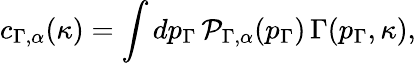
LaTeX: c_{\Gamma,\alpha}(\kappa)=\int dp_{\Gamma}\, {\cal P}_{\Gamma,\alpha}(p_{\Gamma})\, \Gamma(p_{\Gamma},\kappa),